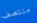
منتصف